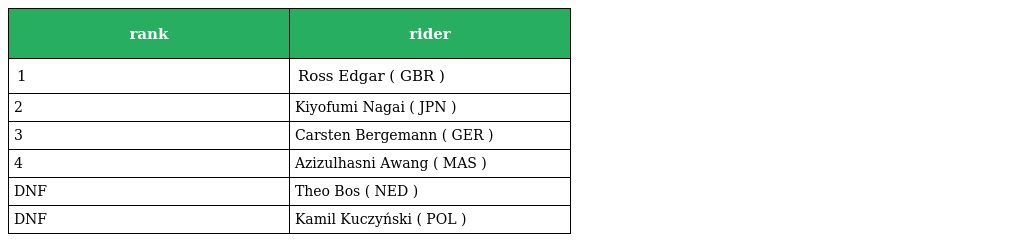
| rank | rider |
 | --- | --- |
 | 1 | Ross Edgar ( GBR ) |
 | 2 | Kiyofumi Nagai ( JPN ) |
 | 3 | Carsten Bergemann ( GER ) |
 | 4 | Azizulhasni Awang ( MAS ) |
 | DNF | Theo Bos ( NED ) |
 | DNF | Kamil Kuczyński ( POL ) |